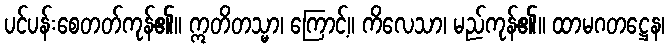
ပင်ပန်းစေတတ်ကုန်၏။ ဣတိတသ္မာ၊ ကြောင့်။ ကိလေသာ၊ မည်ကုန်၏။ ထာမဂတဋ္ဌေန၊